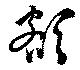
額